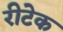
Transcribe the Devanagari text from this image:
रीटेक